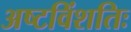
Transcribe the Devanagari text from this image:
अष्टविंशतिः